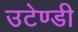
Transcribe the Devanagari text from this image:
उटेण्डी